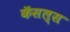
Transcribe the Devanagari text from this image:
कॅसल्स